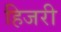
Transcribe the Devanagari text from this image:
हिजरी